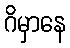
ဂိမှာနေ